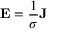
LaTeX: \mathbf { E } = { \frac { 1 } { \sigma } } \mathbf { J }